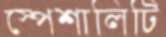
স্পেশালিটি